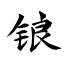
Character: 锒